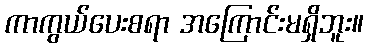
ကာကွယ်ပေးစရာ အကြောင်းမရှိဘူး။